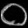
Digit: ၀